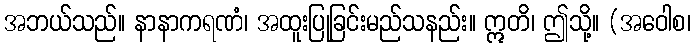
အဘယ်သည်။ နာနာကရဏံ၊ အထူးပြုခြင်းမည်သနည်း။ ဣတိ၊ ဤသို့။ (အဝေါစ၊